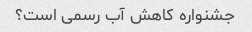
جشنواره کاهش آب رسمی است؟